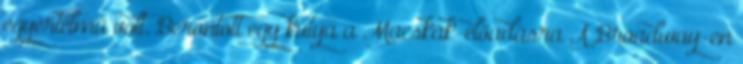
egyértelmű volt. Berontott egy kutya a Macskák-előadásra A Broadway-en